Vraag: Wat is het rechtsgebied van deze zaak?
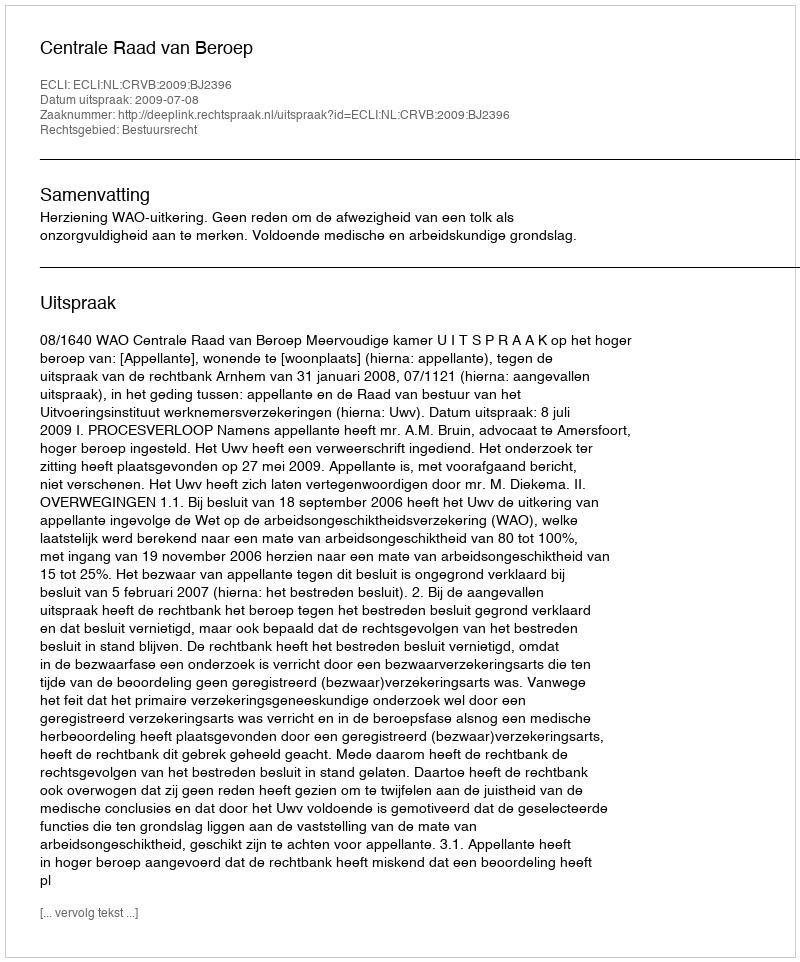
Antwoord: Bestuursrecht